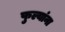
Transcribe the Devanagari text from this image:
फुल्यांना